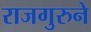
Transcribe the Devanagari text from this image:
राजगुरुने